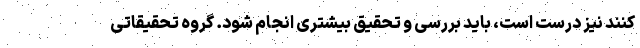
کنند نیز درست است، باید بررسی و تحقیق بیشتری انجام شود. گروه تحقیقاتی